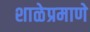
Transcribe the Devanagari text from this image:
शाळेप्रमाणे